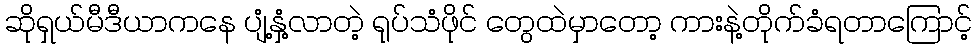
ဆိုရှယ်မီဒီယာကနေ ပျံ့နှံ့လာတဲ့ ရုပ်သံဖိုင် တွေထဲမှာတော့ ကားနဲ့တိုက်ခံရတာကြောင့်